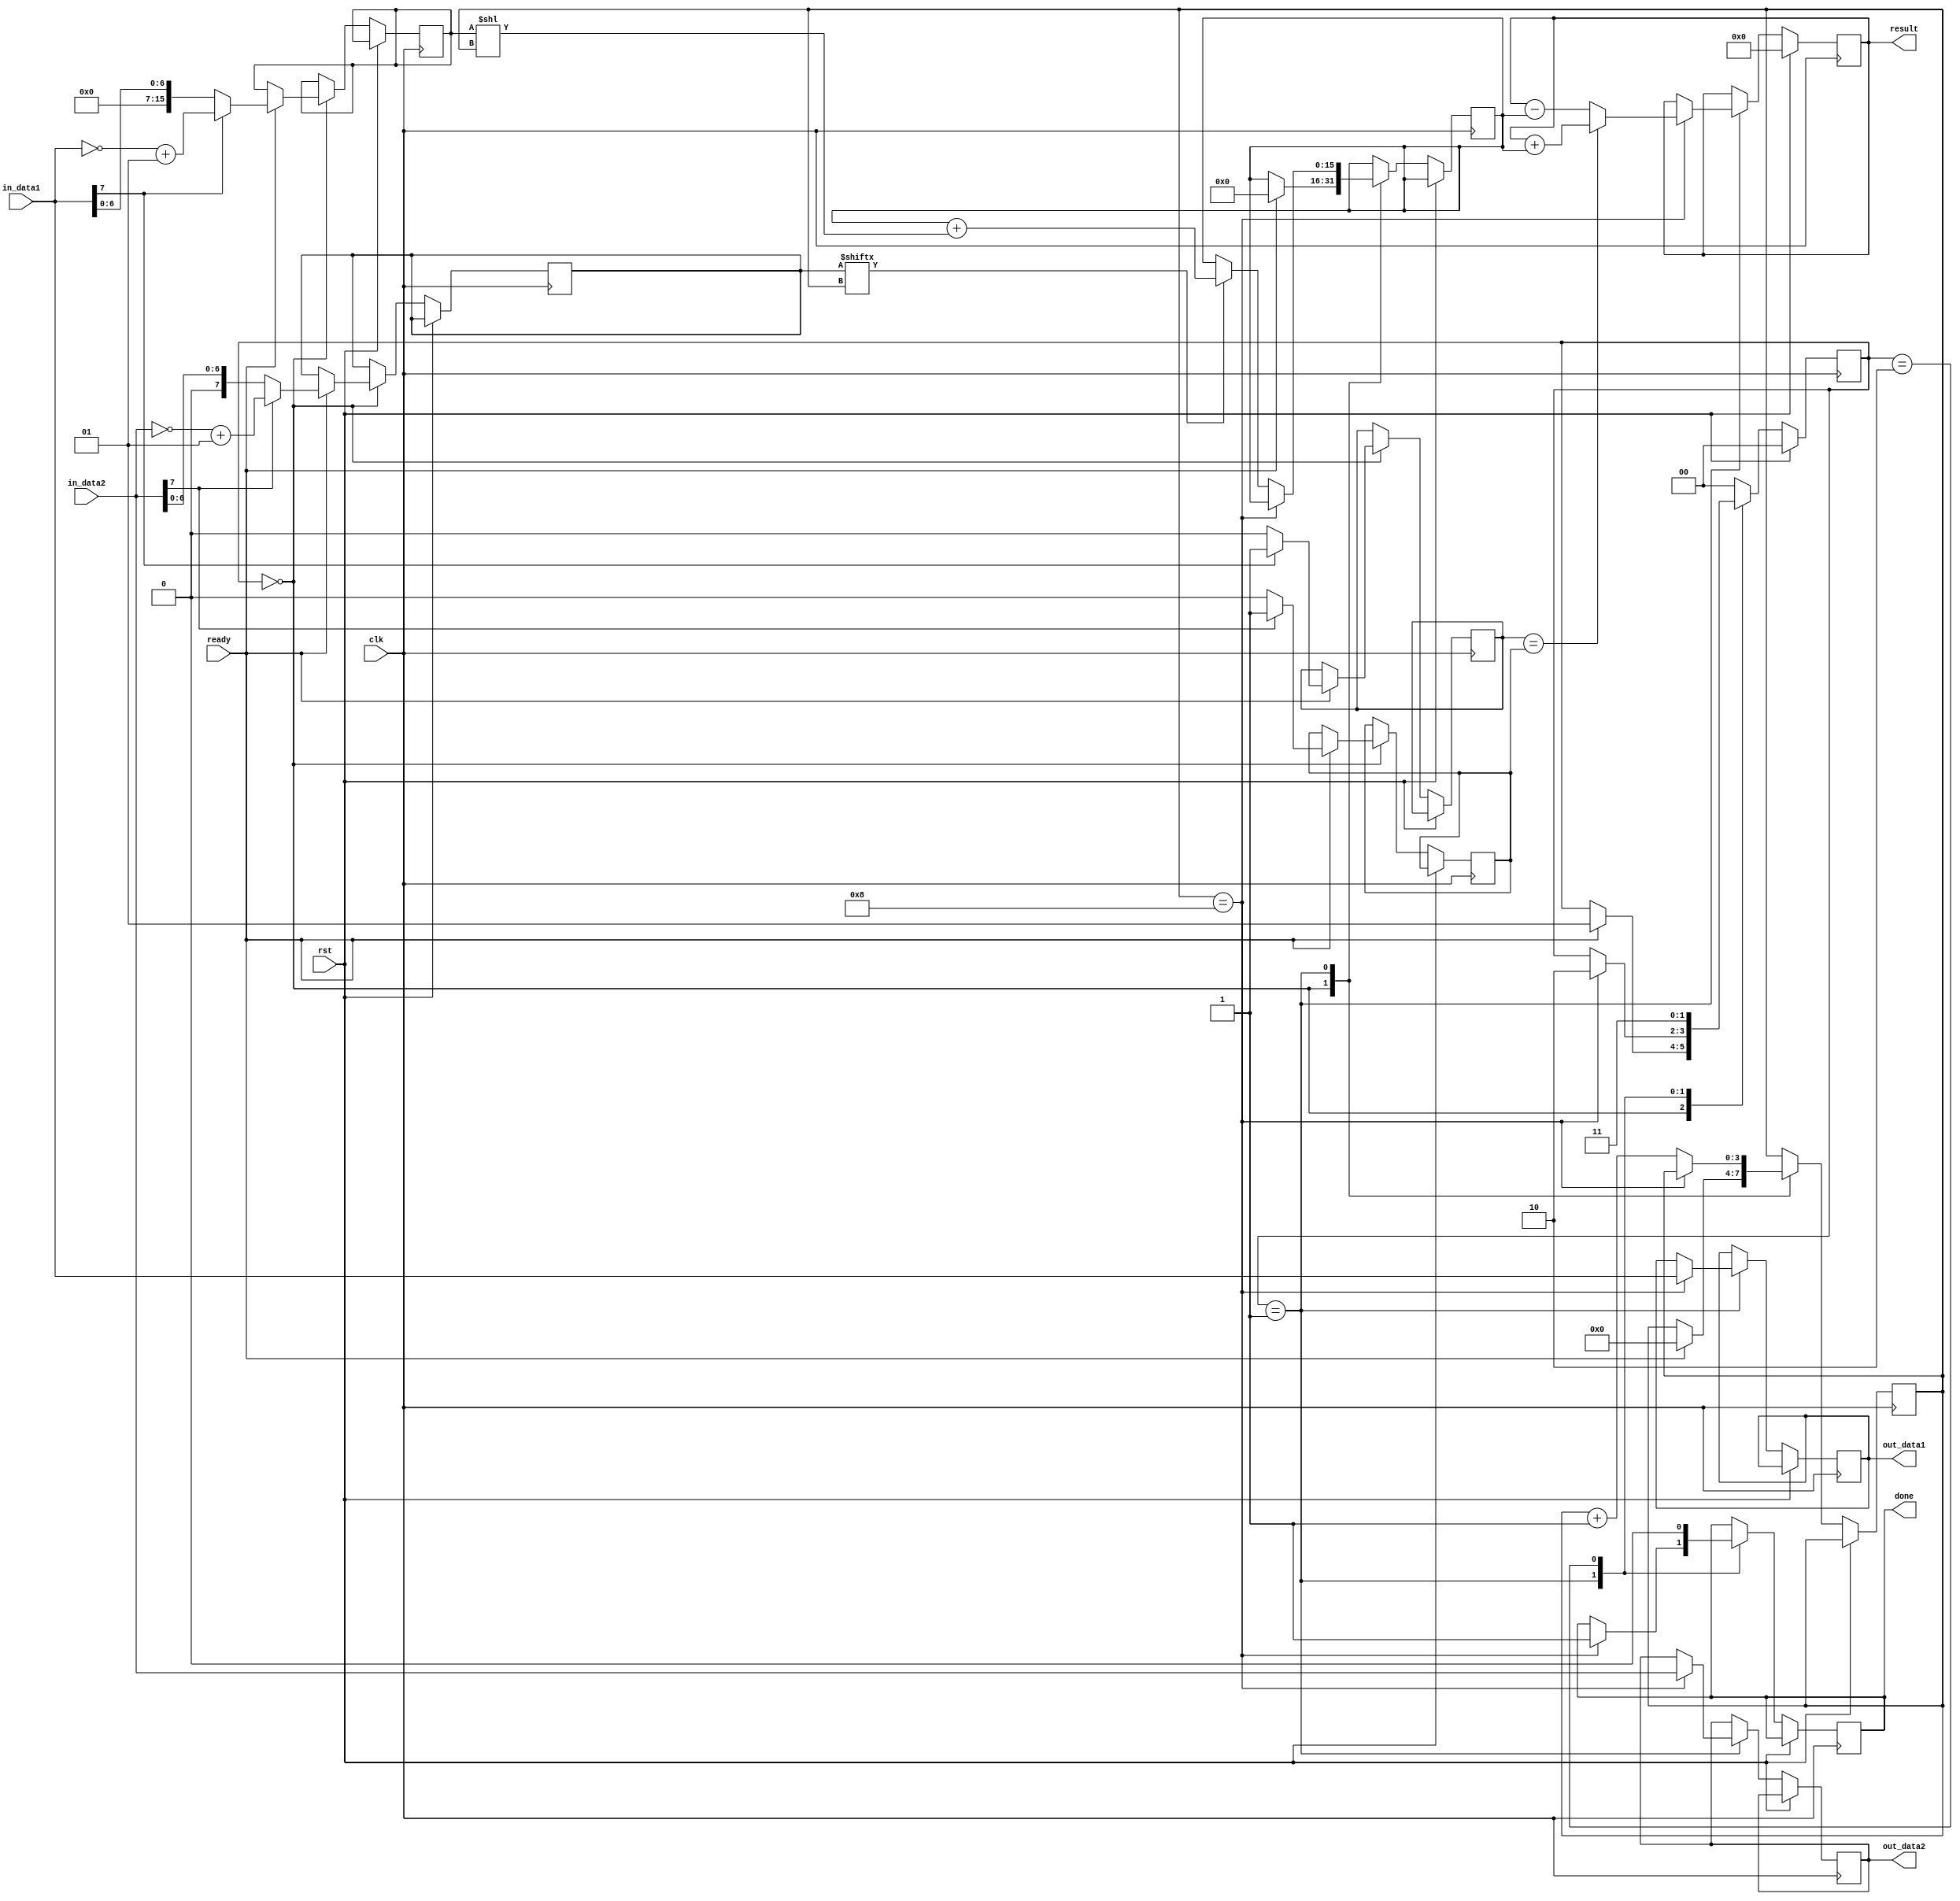
module processing_element (
    input wire clk,
    input wire rst,
    input wire signed [7:0] in_data1,
    input wire signed [7:0] in_data2,
    input wire ready,
    output reg signed [23:0] result,
    output reg done,
    output reg [7:0] out_data1,
    output reg [7:0] out_data2
);

    localparam IDLE = 0, CALC = 1, DONE1 = 2, DONE2 = 3;

    reg [1:0] state;
    reg [3:0] data2_addr;
    reg [15:0] temp1;
    reg [7:0] temp2;
    reg signed [15:0] temp3;

    reg sign1;
    reg sign2;

    always @(posedge clk) begin
        if (rst) begin
            state  <= IDLE;
            result <= 24'b0;
        end else begin
            case (state)
                IDLE: begin
                    if (ready) begin
                        state <= CALC;
                        data2_addr <= 4'b0;
                        if (in_data1[7]) begin
                            temp1 <= ~in_data1 + 1;
                            sign1 <= 1'b1;
                        end else begin
                            temp1 <= in_data1;
                            sign1 <= 1'b0;
                        end
                        if (in_data2[7]) begin
                            temp2 <= ~in_data2 + 1;
                            sign2 <= 1'b1;
                        end else begin
                            temp2 <= in_data2;
                            sign2 <= 1'b0;
                        end
                        temp3 <= 16'b0;
                    end
                end
                CALC: begin
                    if (data2_addr == 8) begin
                        state <= DONE1;
                        done <= 1'b1;
                        if (sign1 == sign2) begin
                            result <= result + temp3;
                        end else begin
                            result <= result - temp3;
                        end
                        out_data1 <= in_data1;
                        out_data2 <= in_data2;
                    end else begin
                        if (temp2[data2_addr]) begin
                            temp3 <= temp3 + (temp1 << data2_addr);
                        end
                        data2_addr <= data2_addr + 1;
                    end
                end
                DONE1: begin
                    state <= DONE2;
                    done  <= 0;
                end
                default: begin  // DONE2
                    state <= IDLE;
                end
            endcase
        end
    end
endmodule